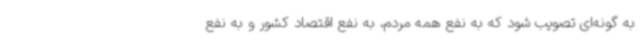
به گونه‌ای تصویب شود که به نفع همه مردم، به نفع اقتصاد کشور و به نفع